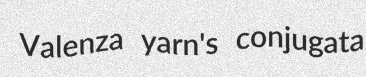
Valenza yarn's conjugata